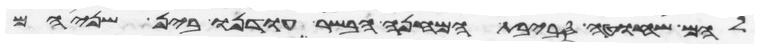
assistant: להם שחוט סביבת המחנה הבשר עודנו בין שניהם